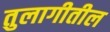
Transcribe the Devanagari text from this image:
तुलागीतील